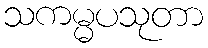
သကမ္မပသုတာ